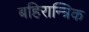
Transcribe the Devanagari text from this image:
बहिरान्त्रिक